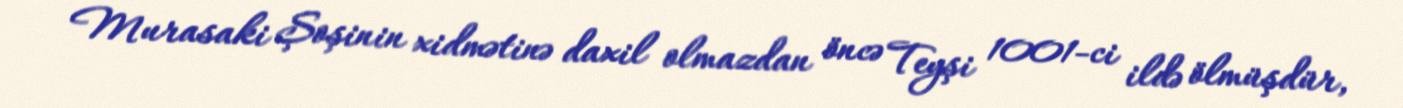
Murasaki Şoşinin xidmətinə daxil olmazdan öncə Teyşi 1001-ci ildə ölmüşdür,